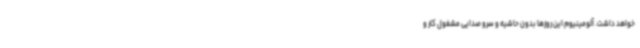
خواهد داشت. آلومینیوم این روزها بدون حاشیه و سرو صدایی مشغول کار و